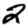
Digit: 2